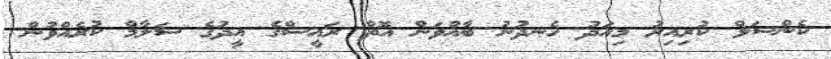
ކެންސަލް ކުރިއިރު މިއަދު ހެނދުނު ބާއްވަން އޮތް ރައީސްގެ އީދުގެ ސަލާމް ކުރެއްވުން